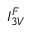
I _ { 3 V } ^ { F }